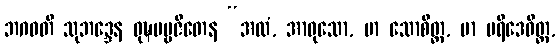
ဘဂဝတိ သုဘဒ္ဒေန ဝုဍ္ဎပဗ္ဗဇိတေန “အလံ, အာဝုသော, မာ သောစိတ္ထ, မာ ပရိဒေဝိတ္ထ,